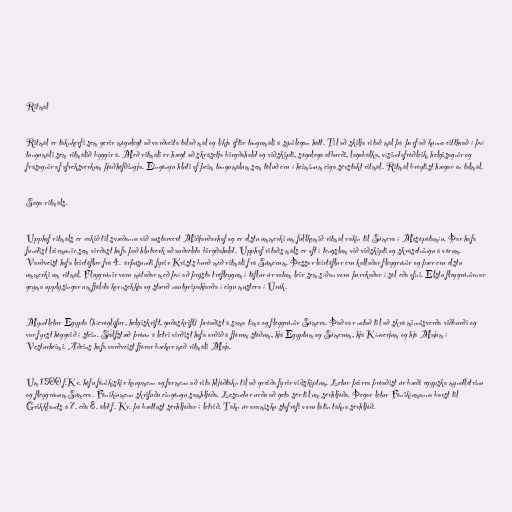
Ritmál

Ritmál er táknkerfi sem gerir mögulegt að varðveita talað mál og líkja eftir tungumáli á sýnilegan hátt. Til að skilja ritað mál þá þarf að kunna eitthvað í því
tungumáli sem ritmálið byggir á. Með ritmáli er hægt að skrásetja birgðahald og viðskipti, sögulega atburði, lagabálka, vísindafróðleik, helgisagnir og
frásagnir af afreksverkum þjóðhöfðingja. Eingöngu hluti af þeim tungumálum sem töluð eru í heiminum eiga sérstakt ritmál. Ritmál breytist hægar en talmál.

Saga ritmáls.

Upphaf ritmáls er rakið til svæðanna við austarvert Miðjarðarhaf og er elstu ummerki um fullkomið ritmál rakin til Súmera í Mesópótamíu. Þar hafa
fundist leirmunir sem virðast hafa það hlutverk að auðvelda birgðahald. Upphaf ritaðs máls er oft í tengslum við viðskipti og skrásetningu á vörum.
Varðveist hafa leirtöflur frá 4. árþúsundi fyrir Krists burð með ritmáli frá Súmerum. Þessar leirtöflur eru kallaðar fleygrúnir og þær eru elstu
ummerki um ritmál. Fleygrúnir voru mótaðar með því að þrýsta tréfleygum í töflur úr votum leir sem síðan voru þurrkaðar í sól eða ofni. Elstu fleygrúnirnar
geyma upplýsingar um fjölda kornsekkja og stærð nautgripahjarða í eigu mustera í Úrúk.

Myndletur Egypta (híeróglýfur, helgiskrift, guðaskrift) þróaðist á sama tíma og fleygrúnir Súmera. Það var notað til að skrá minnisverða viðburði og
var fyrst höggvið í stein. Sjálfstæð þróun á letri virðist hafa orðið á fjórum stöðum, hjá Egyptum og Súmerum, hjá Kínverjum og hjá Majum í
Vesturheimi. Aðeins hafa varðveist fjórar bækur með ritmáli Maja.

Um 1500 f.Kr. hófu fönikískir kaupmenn og farmenn að rita hljóðtákn til að greiða fyrir viðskiptum. Letur þeirra þróaðist úr bæði egypska myndletrinu
og fleygrúnum Súmera. Fönikíumenn skrifuðu eingöngu samhljóða. Lesendur urðu að geta sér til um sérhljóða. Þegar letur Fönikíumanna barst til
Grikklands á 7. eða 8. öld f. Kr. þá bættust sérhljóðar í letrið. Tákn úr aramisku stafrófi voru látin tákna sérhljóð.